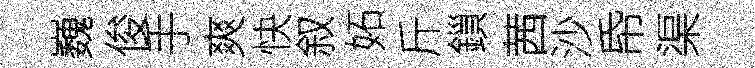
巍俊手爽快叙妬斤鎻茜沙帋渠